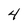
Character: 4